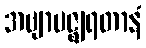
အဗျာပဇ္ဈရတာနံ